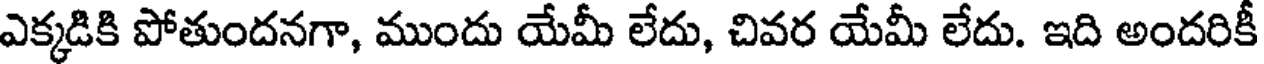
ఎక్కడికి పోతుందనగా, ముందు యేమీ లేదు, చివర యేమీ లేదు. ఇది అందరికీ